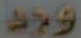
ود